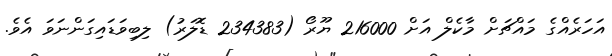
އަހަރެއްގެ މައްޗަށް މާކެލް އަށް 216000 ޔޫރޯ (234383 ޑޮލަރު) ލިބިވަޑައިގަންނަވަ އެވެ.